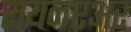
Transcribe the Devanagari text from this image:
रायनएअर